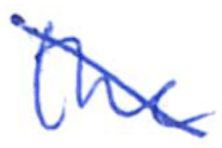
Text: the
Cross-out: diagonal
Writing tool: ballpoint